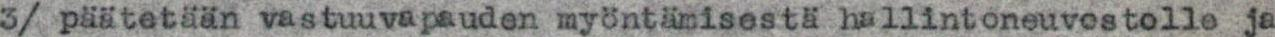
3/ päätetään vastuuvapauden myöntämisestä hallintoneuvostolle ja